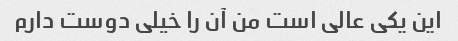
این یکی عالی است من آن را خیلی دوست دارم